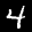
Label: 4